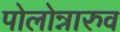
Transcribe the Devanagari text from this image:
पोलोन्नारुव